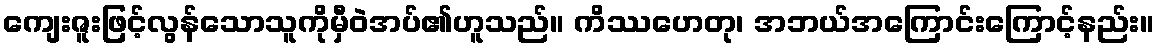
ကျေးဇူးဖြင့်လွန်သောသူကိုမှီဝဲအပ်၏ဟူသည်။ ကိဿဟေတု၊ အဘယ်အကြောင်းကြောင့်နည်း။